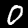
Digit: 0